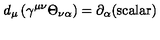
d _ { \mu } \left( \gamma ^ { \mu \nu } \Theta _ { \nu \alpha } \right) = \partial _ { \alpha } \mathrm { ( s c a l a r ) }